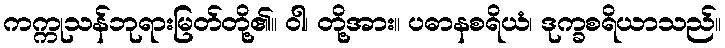
ကက္ကုသန်ဘုရားမြတ်တို့၏။ ဝါ၊ တို့အား။ ပဓာနစရိယံ၊ ဒုက္ခစရိယာသည်။